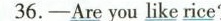
36.-Are you like rice?